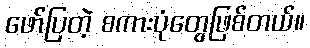
ဖော်ပြတဲ့ စကားပုံတွေဖြစ်တယ်။